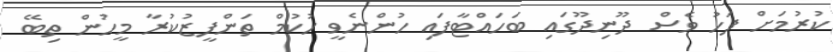
ކުރުމަށް ފަހު ވެސް ދޫނިދޫގައި ބަހައްޓާފައި ހުންނެވީ ހުކުމް ތަންފީޒުކުރާ މީހުން ތިބޭ